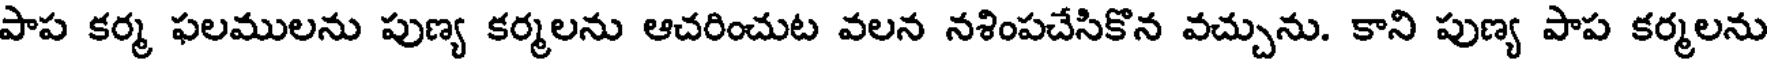
పాప కర్మ ఫలములను పుణ్య కర్మలను ఆచరించుట వలన నశింపచేసికొన వచ్చును. కాని పుణ్య పాప కర్మలను